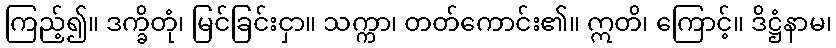
ကြည့်၍။ ဒက္ခိတုံ၊ မြင်ခြင်းငှာ။ သက္ကာ၊ တတ်ကောင်း၏။ ဣတိ၊ ကြောင့်။ ဒိဋ္ဌံနာမ၊